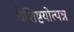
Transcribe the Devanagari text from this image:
वैशिष्टयोत्पन्न